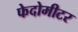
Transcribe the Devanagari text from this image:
फेदोमीटर